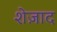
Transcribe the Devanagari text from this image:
शेज़ाद